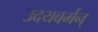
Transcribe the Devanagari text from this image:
उदयवर्मन्